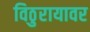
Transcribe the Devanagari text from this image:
विठुरायावर